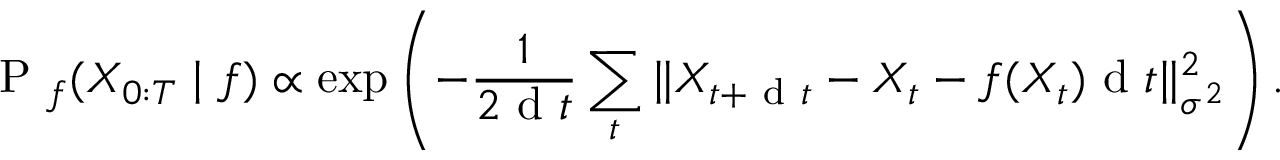
\mathrm { ~ P ~ } _ { f } ( X _ { 0 : T } \mid f ) \propto \exp \left( - \frac { 1 } { 2 \mathrm { ~ d ~ } t } \sum _ { t } \| X _ { t + \mathrm { ~ d ~ } t } - X _ { t } - f ( X _ { t } ) \mathrm { ~ d ~ } t \| _ { \sigma ^ { 2 } } ^ { 2 } \right) .